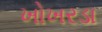
ખોખરડા